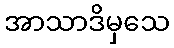
အာသာဒိမှသေ